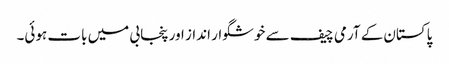
پاکستان کے آرمی چیف سے خوشگوار انداز اور پنجابی میں بات ہوئی۔